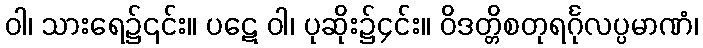
ဝါ၊ သားရေ၌၎င်း။ ပဋေ ဝါ၊ ပုဆိုး၌၄င်း။ ဝိဒတ္တိစတုရင်္ဂုလပ္ပမာဏံ၊